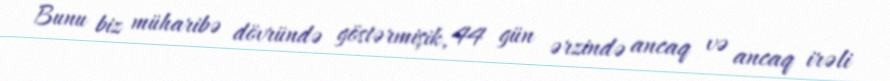
Bunu biz müharibə dövründə göstərmişik, 44 gün ərzində ancaq və ancaq irəli